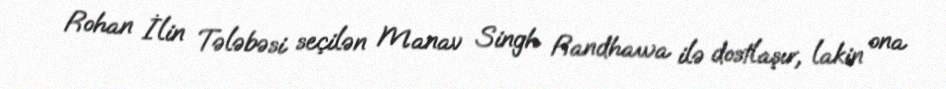
Rohan İlin Tələbəsi seçilən Manav Singh Randhawa ilə dostlaşır, lakin ona